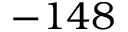
- 1 4 8